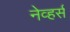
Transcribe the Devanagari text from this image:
नेव्हर्स